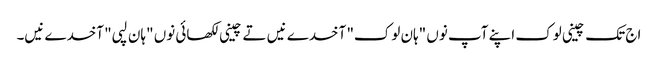
اج تک چینی لوک اپنے آپ نوں "ہان لوک" آخدے نیں تے چینی لکھائی نوں "ہان لپی" آخدے نیں۔